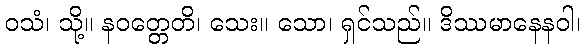
ဝသံ၊ သို့။ နဝတ္တေတိ၊ သေး။ သော၊ ရှင်သည်။ ဒိဿမာနေနဝါ၊